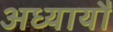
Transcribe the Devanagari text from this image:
अध्यायौं